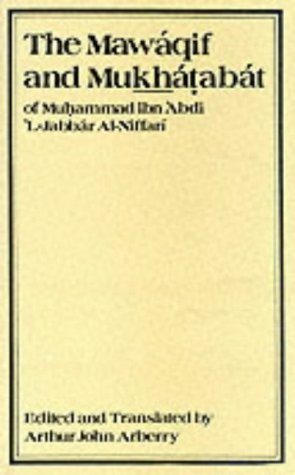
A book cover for The Mawaqif and Mukhatabat of Muhammad Ibn 'Abdi 'L-Jabbar Al-Niffari with other fragments (English and Arabic Edition); Muhammad Ibn 'Abdi 'L-Jabbar Al-Niffari; Literature & Fiction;